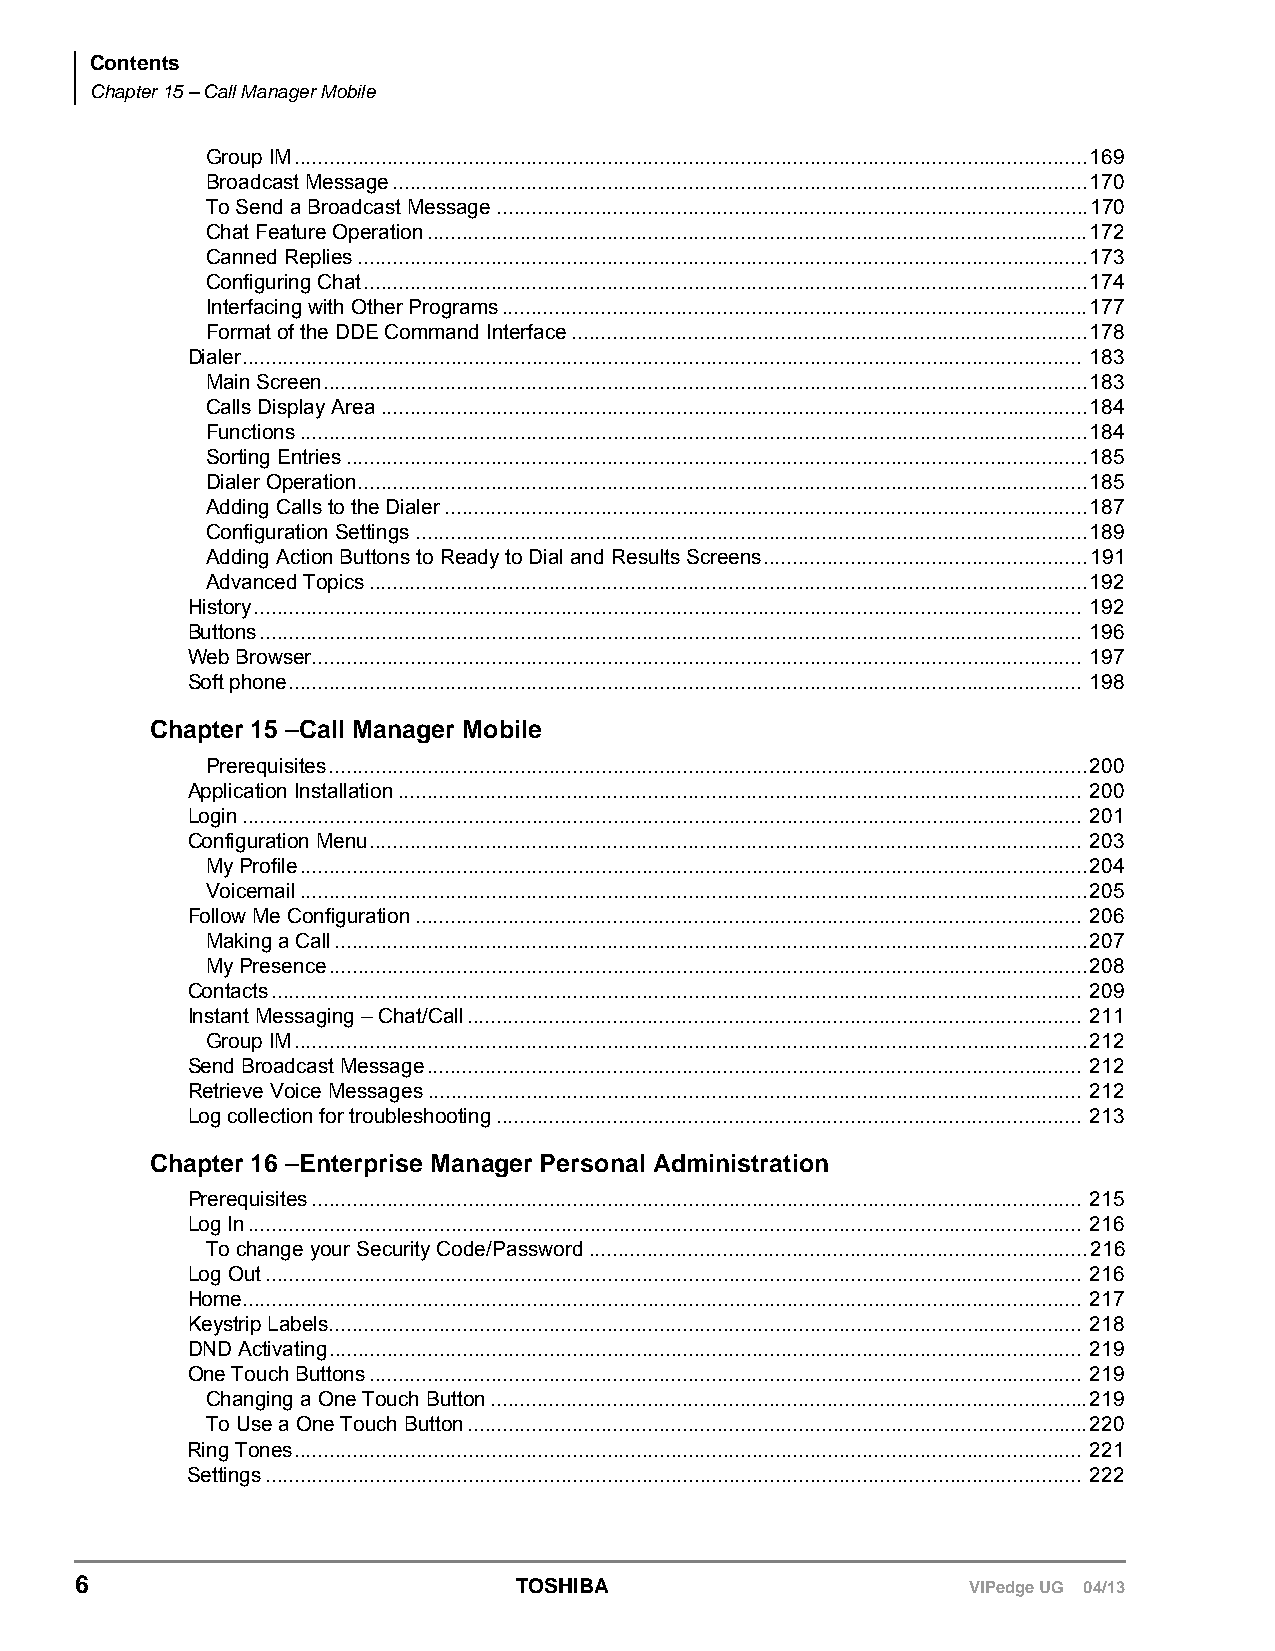
Contents
 Chapter 15 – Call Manager Mobile
 Group IM.........................................................................................................................................169
 Broadcast Message........................................................................................................................170
 To Send a Broadcast Message......................................................................................................170
 Chat Feature Operation..................................................................................................................172
 Canned Replies..............................................................................................................................173
 Configuring Chat.............................................................................................................................174
 Interfacing with Other Programs.....................................................................................................177
 Format of the DDE Command Interface.........................................................................................178
 Dialer................................................................................................................................................. 183
 Main Screen....................................................................................................................................183
 Calls Display Area..........................................................................................................................184
 Functions........................................................................................................................................184
 Sorting Entries................................................................................................................................185
 Dialer Operation..............................................................................................................................185
 Adding Calls to the Dialer...............................................................................................................187
 Configuration Settings....................................................................................................................189
 Adding Action Buttons to Ready to Dial and Results Screens........................................................191
 Advanced Topics............................................................................................................................192
 History............................................................................................................................................... 192
 Buttons.............................................................................................................................................. 196
 Web Browser..................................................................................................................................... 197
 Soft phone......................................................................................................................................... 198
 Chapter 15 –Call Manager Mobile
 Prerequisites...................................................................................................................................200
 Application Installation...................................................................................................................... 200
 Login................................................................................................................................................. 201
 Configuration Menu........................................................................................................................... 203
 My Profile........................................................................................................................................204
 Voicemail........................................................................................................................................205
 Follow Me Configuration................................................................................................................... 206
 Making a Call..................................................................................................................................207
 My Presence...................................................................................................................................208
 Contacts............................................................................................................................................ 209
 Instant Messaging – Chat/Call.......................................................................................................... 211
 Group IM.........................................................................................................................................212
 Send Broadcast Message................................................................................................................. 212
 Retrieve Voice Messages................................................................................................................. 212
 Log collection for troubleshooting..................................................................................................... 213
 Chapter 16 –Enterprise Manager Personal Administration
 Prerequisites..................................................................................................................................... 215
 Log In................................................................................................................................................ 216
 To change your Security Code/Password......................................................................................216
 Log Out............................................................................................................................................. 216
 Home................................................................................................................................................. 217
 Keystrip Labels.................................................................................................................................. 218
 DND Activating.................................................................................................................................. 219
 One Touch Buttons........................................................................................................................... 219
 Changing a One Touch Button.......................................................................................................219
 To Use a One Touch Button...........................................................................................................220
 Ring Tones........................................................................................................................................ 221
 Settings............................................................................................................................................. 222
 6                            TOSHIBA                       VIPedge UG 04/13